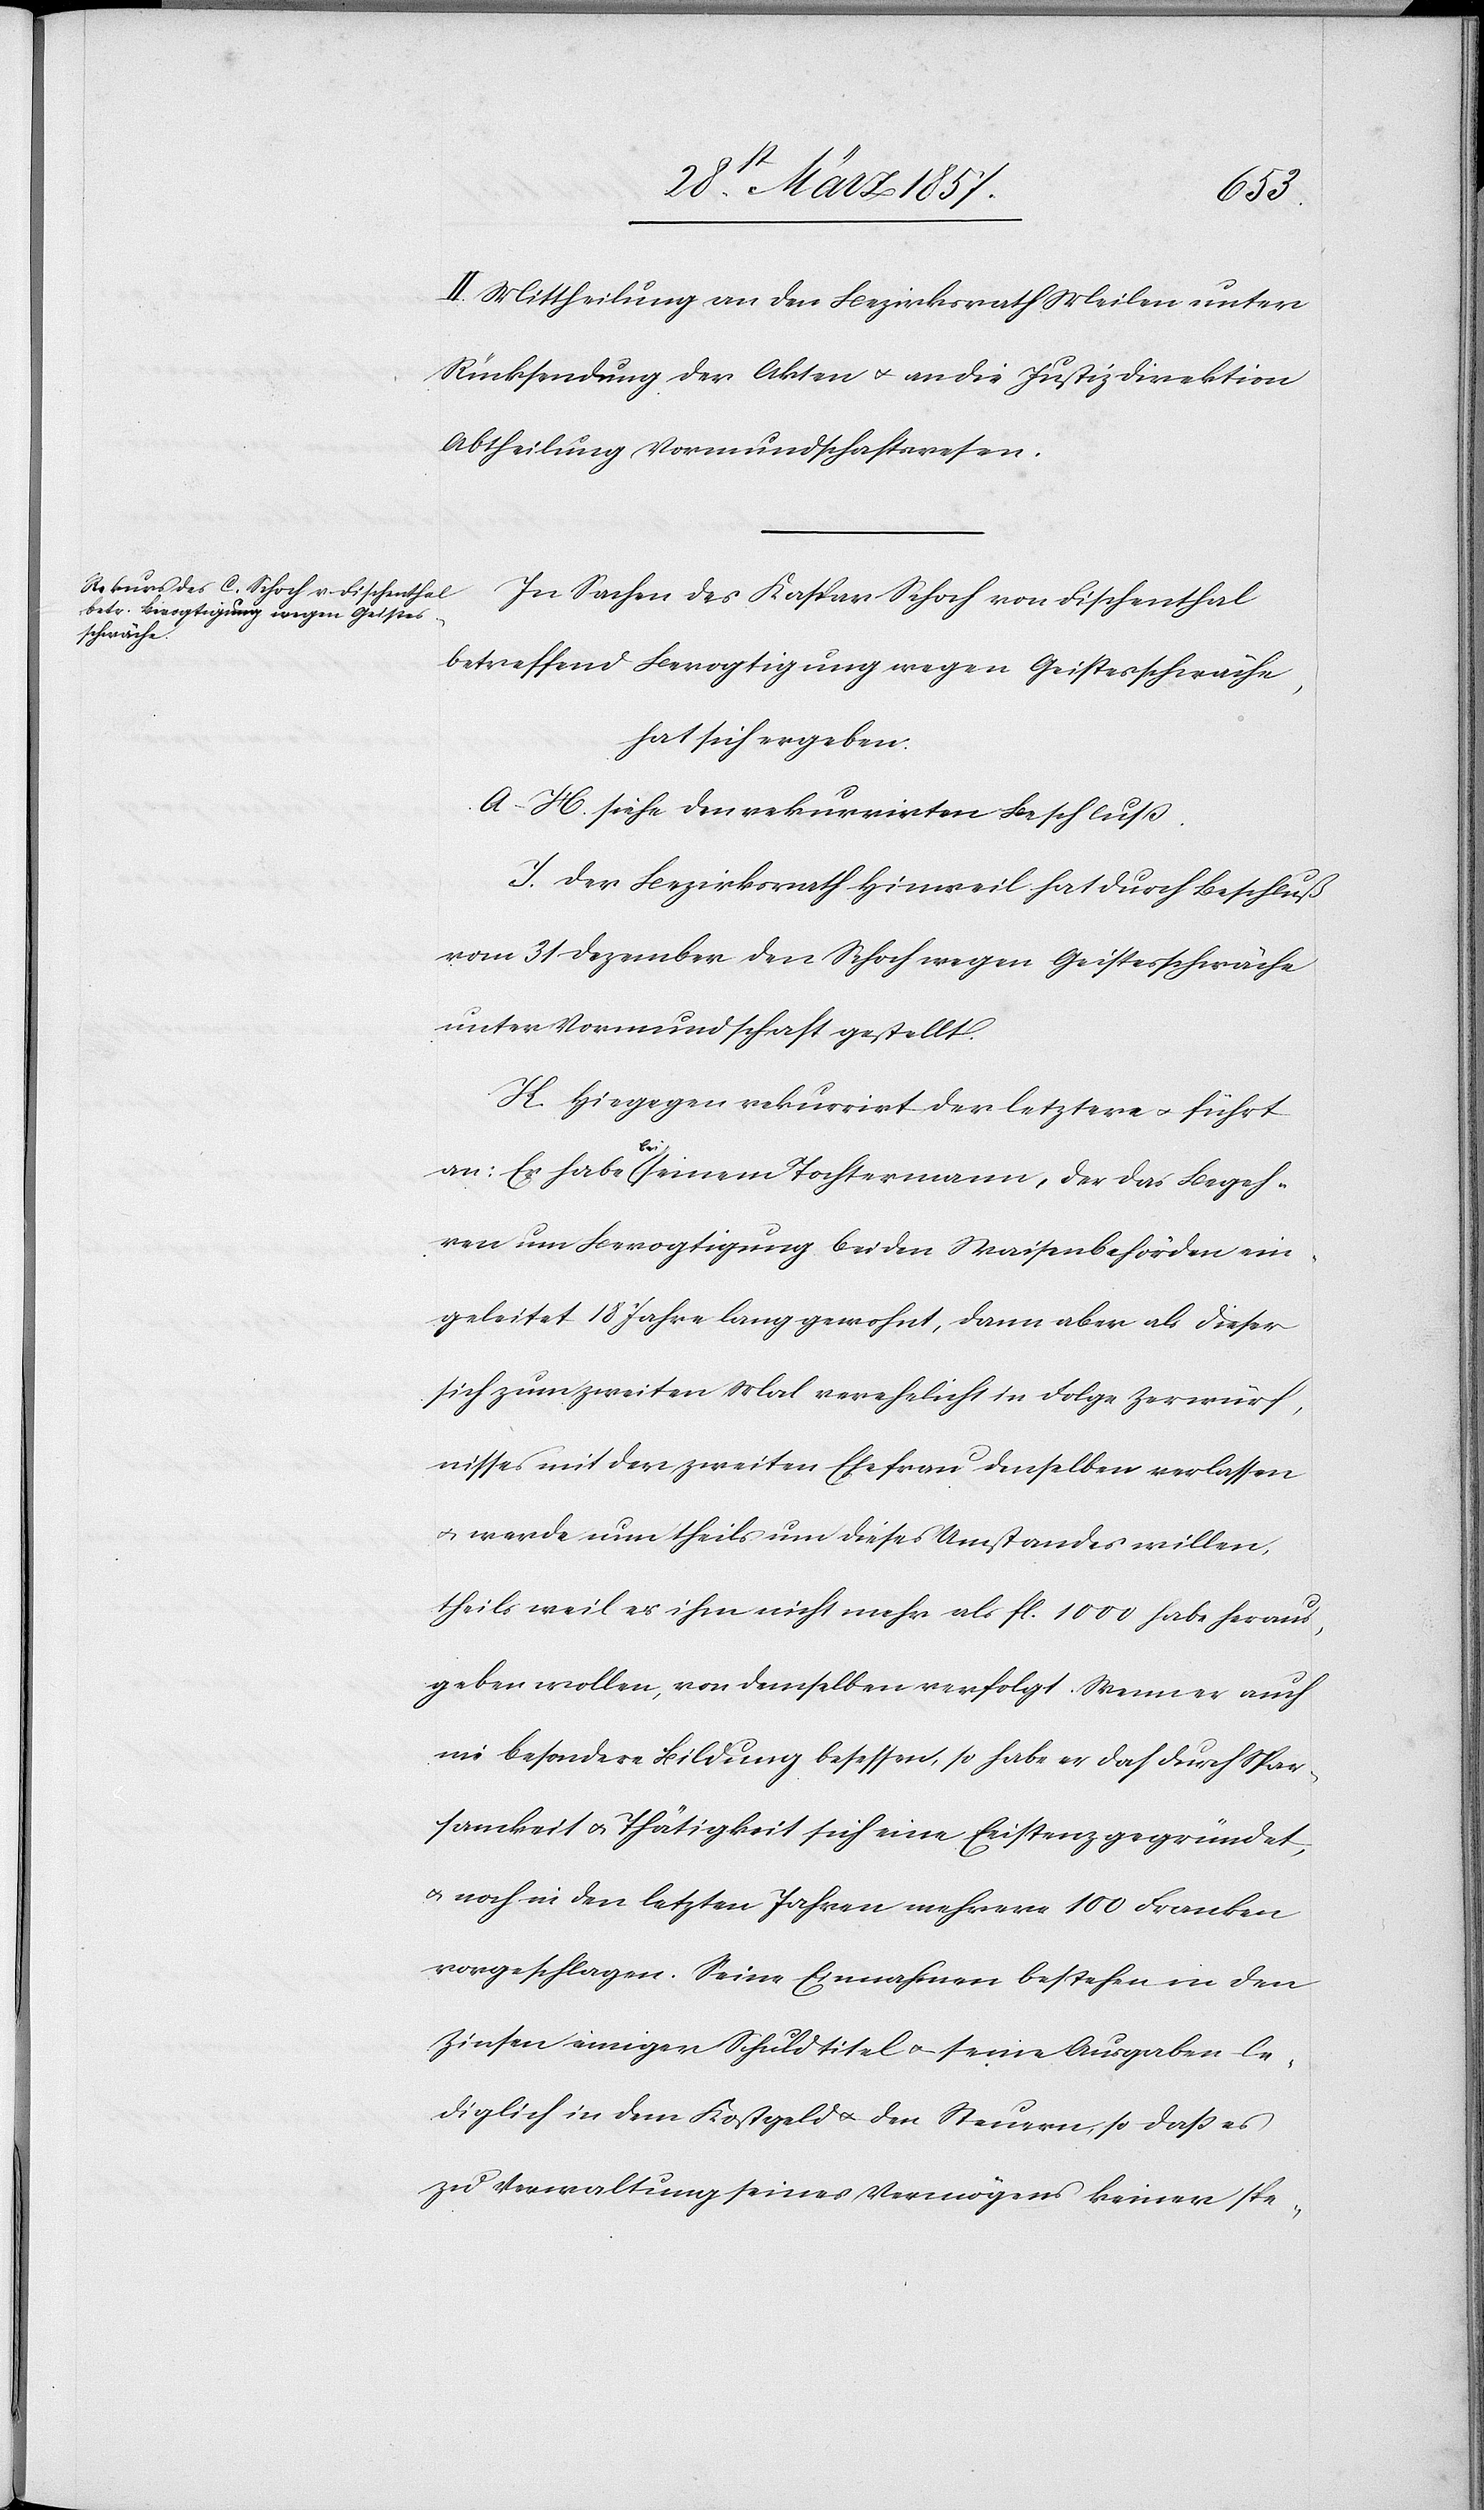
II. Mittheilung an den Bezirksrath Meilen unter
Rücksendung der Akten u. an die Justizdirektion
Abtheilung Vormundschaftswesen.
In Sachen des Kaspar Schoch von Fischenthal
betreffend Bevogtigung wegen Geistesschwäche,
hat sich ergeben:
A–H. siehe den rekurrirten Beschluß.
J. Der Bezirksrath Hinweil hat durch Beschluß
vom 31 Dezember den Schoch wegen Geistesschwäche
unter Vormundschaft gestellt.
K. Hiegegen rekurrirt der letztere u. führt
an: Er habe bei seinem Tochtermann, der das Begeh¬
ren um Bevogtigung bei den Waisenbehörden ein¬
geleitet 18 Jahre lang gewohnt, dann aber als dieser
sich zum zweiten Mal verehelicht in Folge Zerwürf¬
nisses mit der zweiten Ehefrau denselben verlassen
u. werde nun theils um dieses Umstandes willen,
theils weil es [sic!] ihm nicht mehr als fl. 1000 habe heraus¬
geben wollen, von demselben verfolgt. Wenn er auch
nie besondere Bildung besessen, so habe er doch durch Spar¬
samkeit u. Thätigkeit sich eine Existenz gegründet,
u. noch in den letzten Jahren mehrere 100 Franken
vorgeschlagen. Seine Einnahmen bestehen in den
Zinsen einiger Schuldtitel u. seine Ausgaben le¬
diglich in dem Kostgeld u. den Steuern, so daß es
zu Verwaltung seines Vermögens keiner spe-